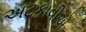
અટકાવીએ